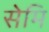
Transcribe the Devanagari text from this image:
सेमि